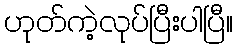
ဟုတ်ကဲ့လုပ်ပြီးပါပြီ။